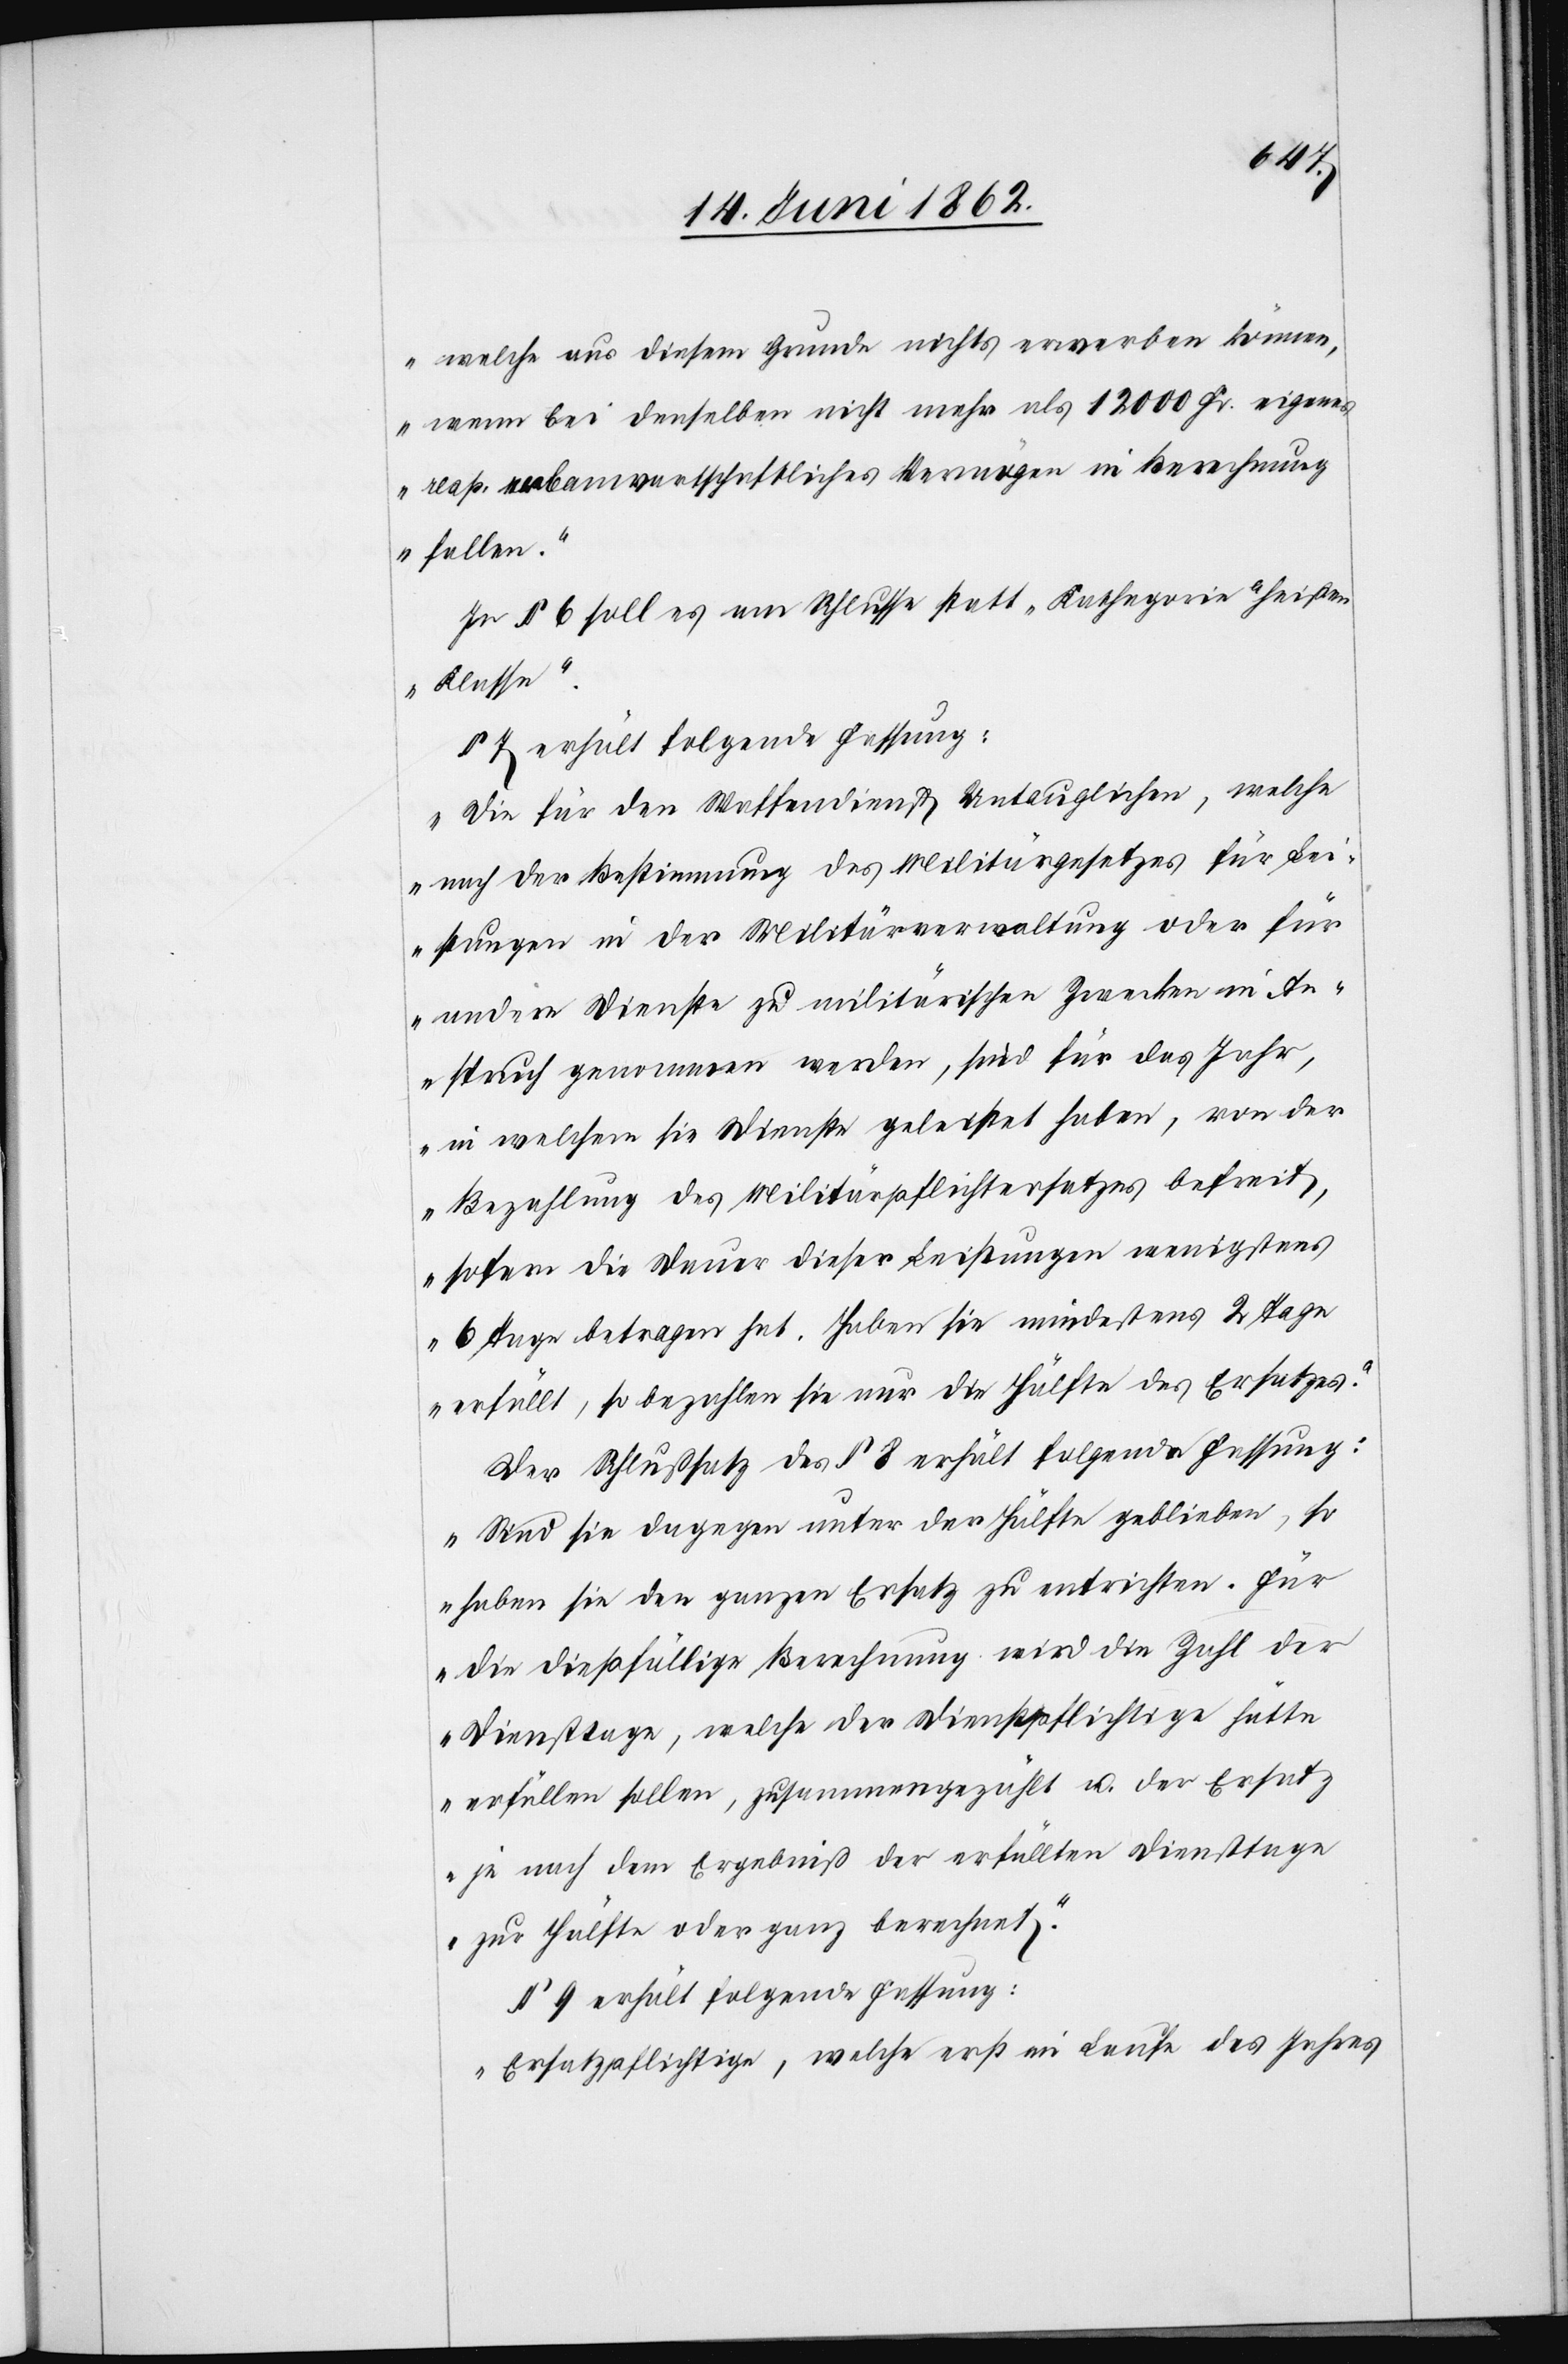
welche aus diesem Grunde nichts erwerben können,
wenn bei denselben nicht mehr als 12 000 Fr. eigenes
resp. erbanwartschaftliches Vermögen in Berechnung
fallen.“
In § 6 soll es am Schlusse statt „Kathegorie“ heißen
„Klasse“.
§ 7 erhält folgende Fassung:
„Die für den Waffendienst Untauglichen, welche
nach der Bestimmung des Militärgesetzes für Lei¬
stungen in der Militärverwaltung oder für
andere Dienste zu militärischen Zwecken in An¬
spruch genommen werden, sind für das Jahr,
in welchem sie Dienste geleistet haben, von der
Bezahlung des Militärspflichtersatzes befreit,
sofern die Dauer dieser Leistungen wenigstens
6 Tage betragen hat. Haben sie mindestens 2 Tage
erfüllt, so bezahlen sie nur die Hälfte des Ersatzes.“
Der Schlußsatz des § 8 erhält folgende Fassung:
„Sind sie dagegen unter der Hälfte geblieben, so
haben sie den ganzen Ersatz zu entrichten. Für
die dießfällige Berechnung wird die Zahl der
Diensttage, welche der Dienstpflichtige hätte
erfüllen sollen, zusammengezählt u. der Ersatz
je nach dem Ergebniß der erfüllten Diensttage
zur Hälfte oder ganz berechnet.“
§ 9 erhält folgende Fassung:
„Ersatzpflichtige, welche erst im Laufe des Jahres